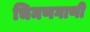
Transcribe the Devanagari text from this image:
चिमणगाणी